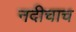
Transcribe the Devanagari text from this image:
नदीचाच